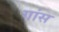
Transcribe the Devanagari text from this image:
गांस